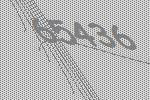
65436